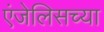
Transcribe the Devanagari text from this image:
एंजेलिसच्या